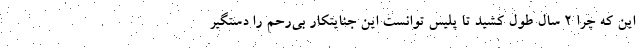
این که چرا ۲ سال طول کشید تا پلیس توانست این جنایتکار بی‌رحم را دستگیر